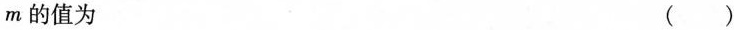
m的值为 ( )